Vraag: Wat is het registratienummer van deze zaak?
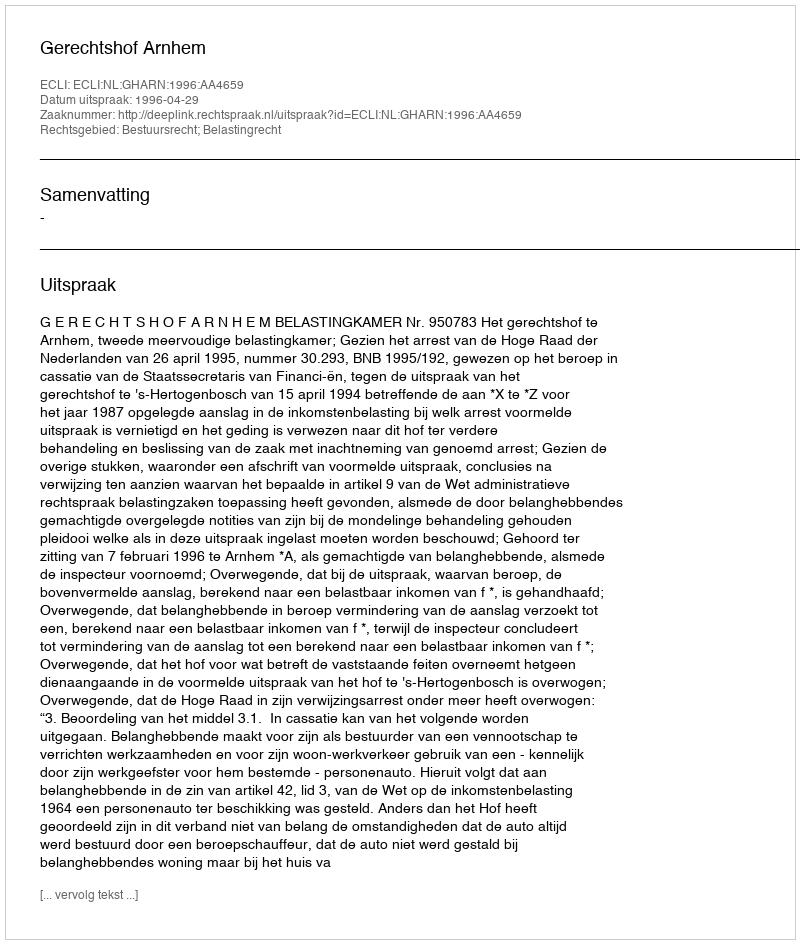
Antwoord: http://deeplink.rechtspraak.nl/uitspraak?id=ECLI:NL:GHARN:1996:AA4659